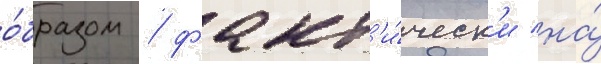
о́бразом / факт'и́ческ'и на́